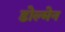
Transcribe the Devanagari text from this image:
डोल्मेन